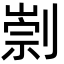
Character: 㓽